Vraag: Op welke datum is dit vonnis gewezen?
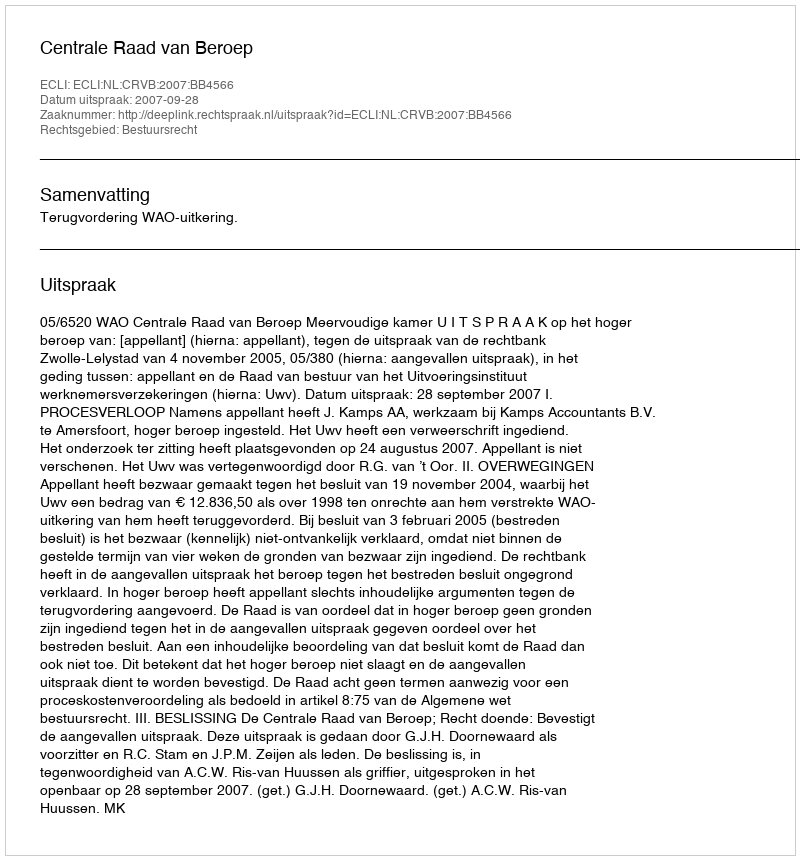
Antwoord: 2007-09-28